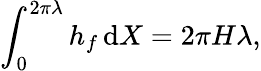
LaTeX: \int_{0}^{2\pi\lambda}h_{f}\, \mathrm{d}X=2\pi H\lambda,